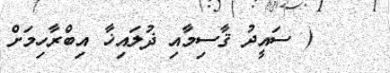
( ސައީދު ޤާސިމާއި ޛުލައިޚާ އިބްރާހިމަށް